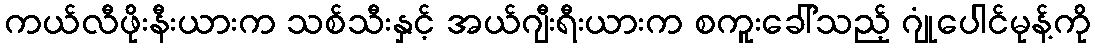
ကယ်လီဖိုးနီးယားက သစ်သီးနှင့် အယ်ဂျီးရီးယားက စကူးခေါ်သည့် ဂျုံပေါင်မုန့်ကို